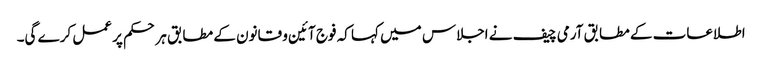
اطلاعات کے مطابق آرمی چیف نے اجلاس میں کہا کہ فوج آئین و قانون کے مطابق ہر حکم پر عمل کرے گی۔